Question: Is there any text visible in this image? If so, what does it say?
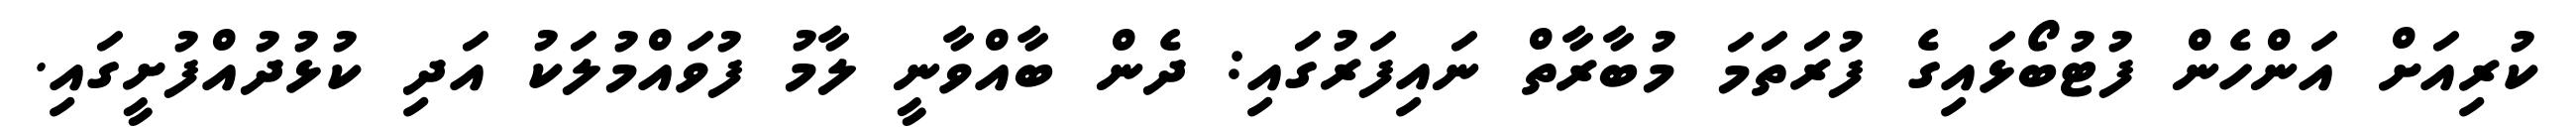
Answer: ކުރިއަށް އަންހެން ފުޓުބޯޅައިގެ ފުރަތަމަ މުބާރާތް ނައިފަރުގައި: ދެން ބާއްވާނީ ލާމު ފުވައްމުލަކު އަދި ކުޅުދުއްފުށީގައި.